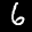
Label: 6